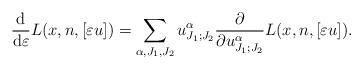
LaTeX: \begin{align*}\frac{\operatorname{d}}{\operatorname{d}\!\varepsilon}L(x,n,[\varepsilon u])=\sum_{\alpha,J_1,J_2}u_{J_1;J_2}^{\alpha}\frac{\partial }{\partial u^{\alpha}_{J_1;J_2}}L(x,n,[\varepsilon u]).\end{align*}